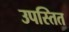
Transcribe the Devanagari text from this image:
उपस्तित